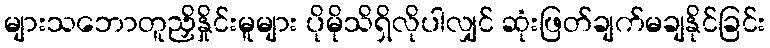
များသဘောတူညှိနှိုင်းမူများ ပိုမိုသိရှိလိုပါလျှင် ဆုံးဖြတ်ချက်မချနိုင်ခြင်း